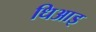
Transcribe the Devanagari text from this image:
धिआइ